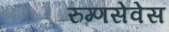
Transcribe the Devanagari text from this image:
रुग्णसेवेस